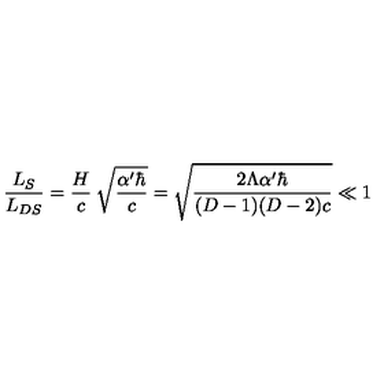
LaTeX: \frac { L _ { S } } { L _ { D S } } = \frac { H } { c } \: \sqrt { \frac { \alpha ^ { \prime } \hbar } { c } } = \sqrt { \frac { 2 \Lambda \alpha ^ { \prime } \hbar } { ( D - 1 ) ( D - 2 ) c } } \ll 1